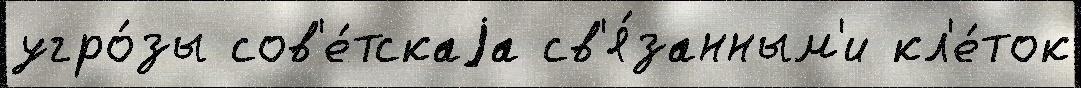
угро́зы сов'е́тскаjа св'я́занным'и кл'е́ток